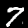
Digit: 7